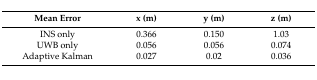
<table><thead><tr><td><b>Mean Error</b></td><td><b>x (m)</b></td><td><b>y (m)</b></td><td><b>z (m)</b></td></tr></thead><tbody><tr><td>INS only</td><td>0.366</td><td>0.150</td><td>1.03</td></tr><tr><td>UWB only</td><td>0.056</td><td>0.056</td><td>0.074</td></tr><tr><td>Adaptive Kalman</td><td>0.027</td><td>0.02</td><td>0.036</td></tr></tbody></table>